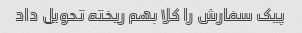
پیک سفارش را کلا بهم ریخته تحویل داد